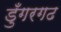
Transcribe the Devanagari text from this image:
डुँगरगढ